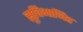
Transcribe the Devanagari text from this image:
सुविभाजित